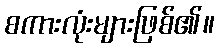
စကားလုံးများဖြစ်၏။